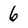
Character: 6